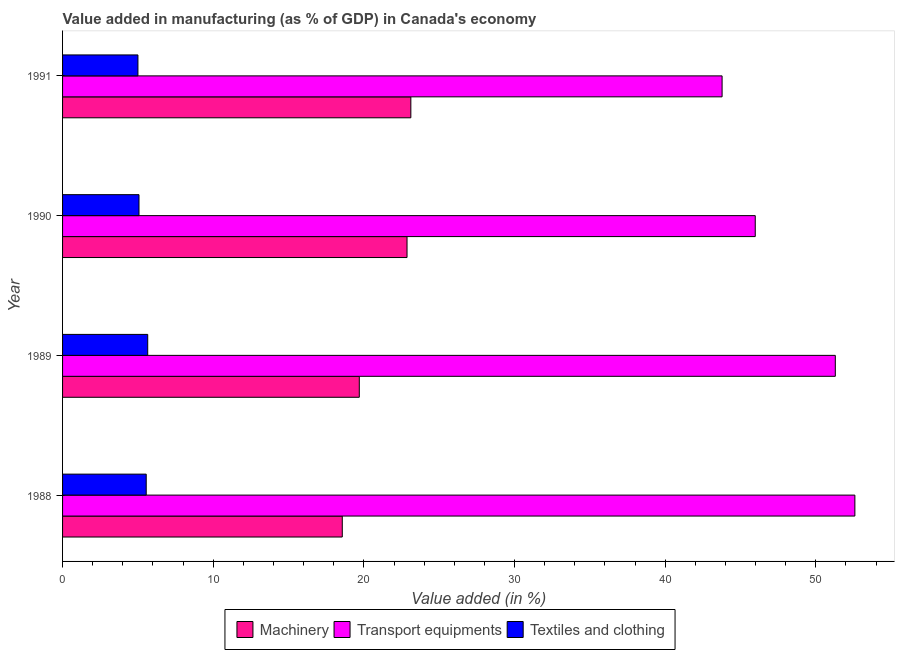
| Year | Machinery | Transport equipments | Textiles and clothing |
 | --- | --- | --- | --- |
 | 1988 | 18.6 | 52.6 | 5.55 |
 | 1989 | 19.7 | 51.3 | 5.65 |
 | 1990 | 22.9 | 46 | 5.07 |
 | 1991 | 23.1 | 43.8 | 5 |